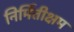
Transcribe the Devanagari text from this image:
निर्मितीक्षम